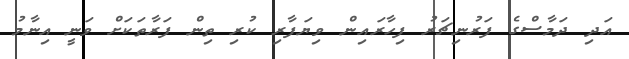
އަދި ދަމާސްގެ ފަރުނިޗަރު ފިހާރައިން ވިޔަފާރި ކުރި ތިން ފަރާތަކަށް ވަނީ އިނާމު